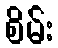
စိမ်း